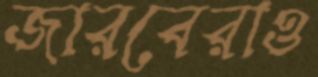
জারবেরাও